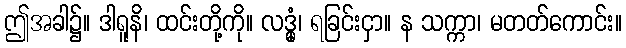
ဤအခါ၌။ ဒါရူနိ၊ ထင်းတို့ကို။ လဒ္ဓုံ၊ ရခြင်းငှာ။ န သက္ကာ၊ မတတ်ကောင်း။